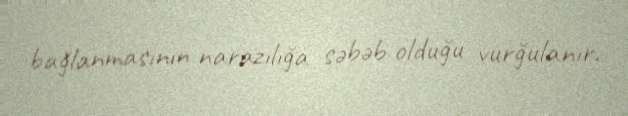
bağlanmasının narazılığa səbəb olduğu vurğulanır.